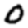
Digit: 0